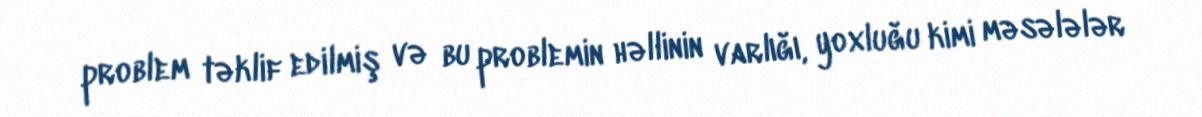
problem təklif edilmiş və bu problemin həllinin varlığı, yoxluğu kimi məsələlər